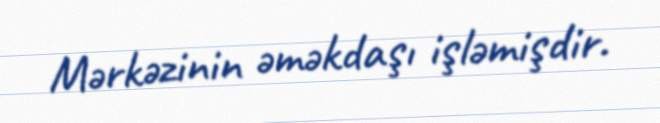
Mərkəzinin əməkdaşı işləmişdir.